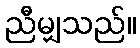
ညီမျှသည်။